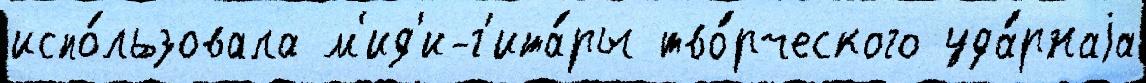
испо́льзовала м'ид'и-г'ита́ры тво́рческого уда́рнаjа